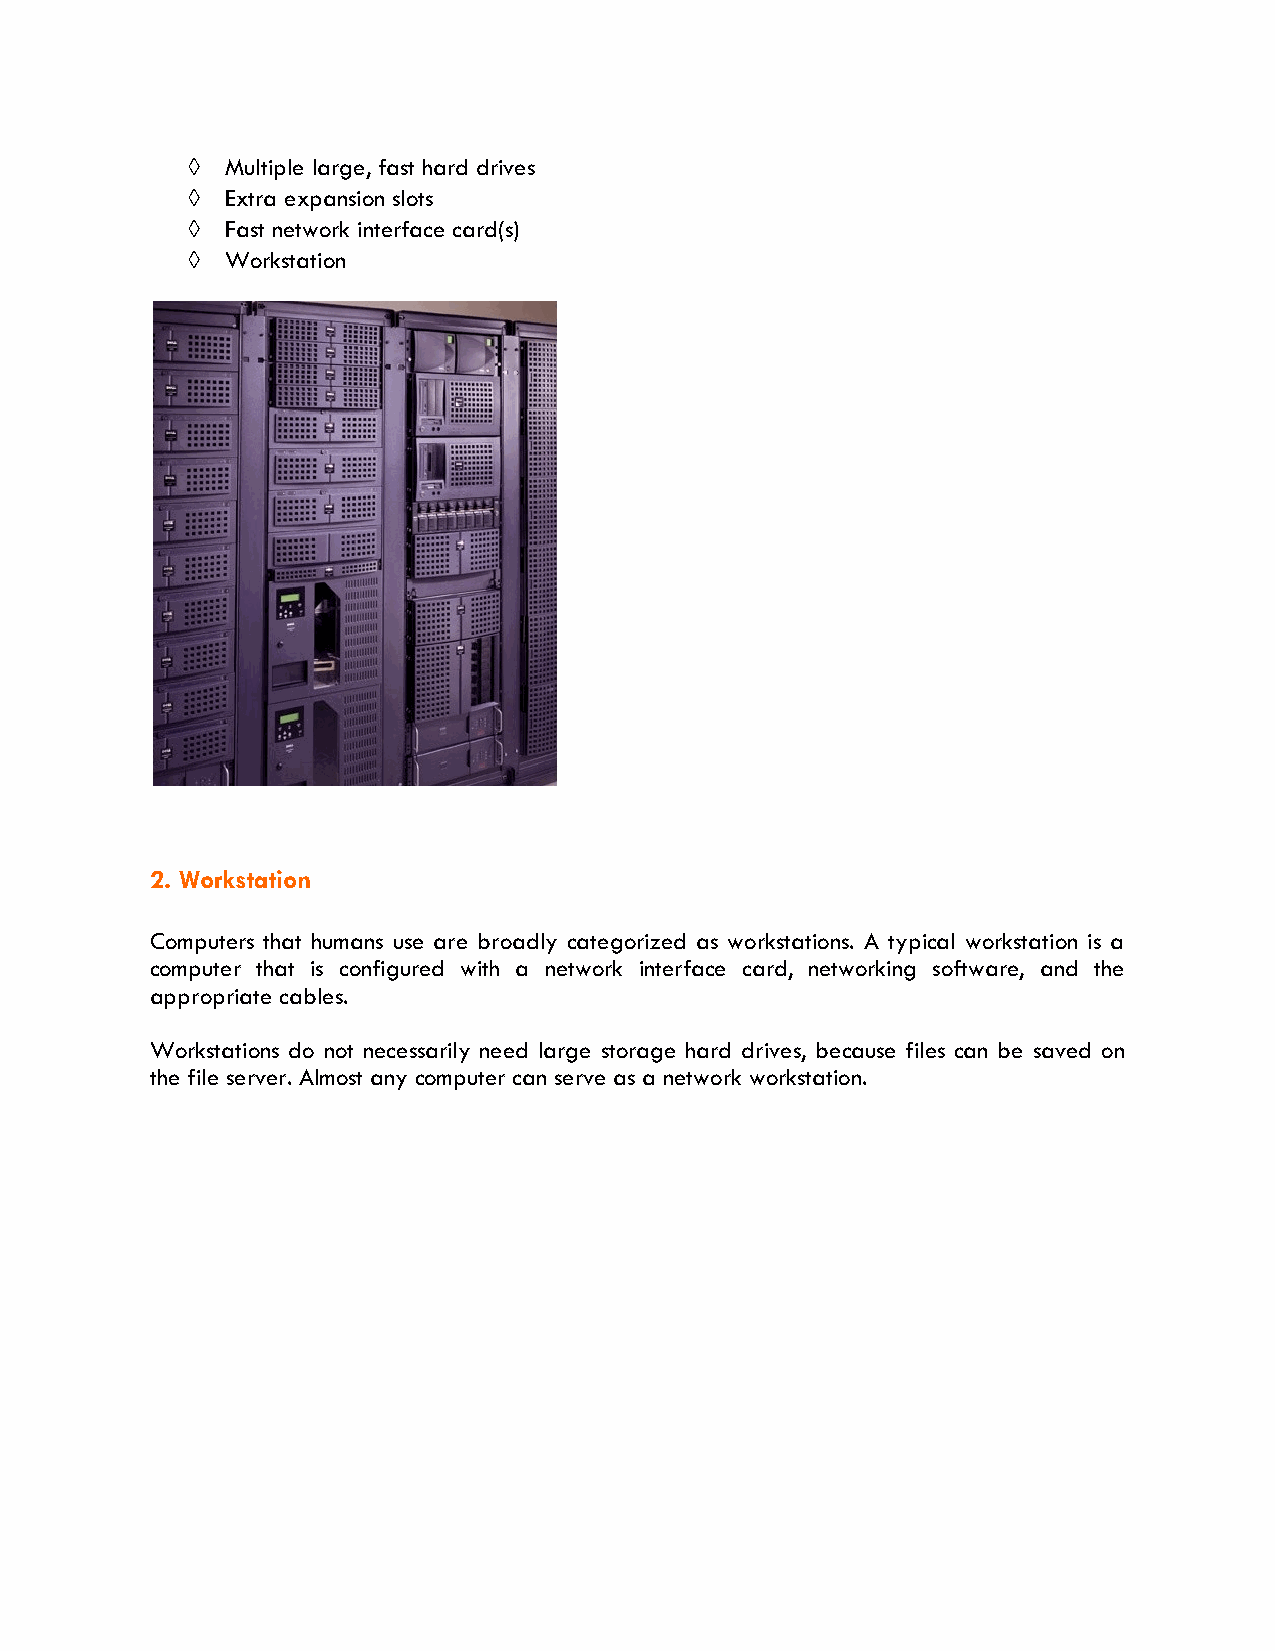
  Multiple large, fast hard drives
   Extra expansion slots
   Fast network interface card(s)
   Workstation
 2. Workstation
 Computers that humans use are broadly categorized as workstations. A typical workstation is a
 computer that is configured with a network interface card, networking software, and the
 appropriate cables.
 Workstations do not necessarily need large storage hard drives, because files can be saved on
 the file server. Almost any computer can serve as a network workstation.